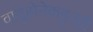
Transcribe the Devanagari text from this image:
वायुसेनेकडूनही